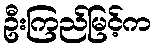
ဦးကြည်မြင့်က